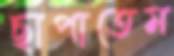
ছাপাতেম